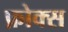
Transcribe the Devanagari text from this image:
फ़ोक्स